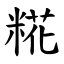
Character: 糀